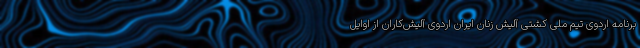
برنامه اردوی تیم ملی کشتی آلیش زنان ایران اردوی آلیش‌کاران از اوایل